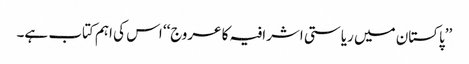
’’پاکستان میں ریاستی اشرافیہ کا عروج‘‘ اس کی اہم کتاب ہے۔